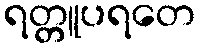
ရတ္တူပရတေ